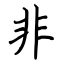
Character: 非